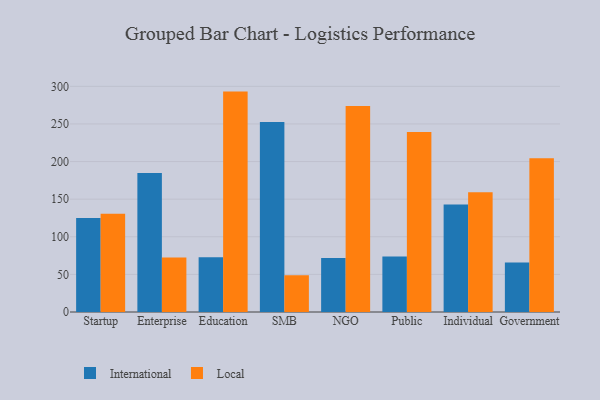
{"axis": {"x": "Segment", "y": "Headcount"}, "legend": ["International", "Local"], "data": [{"x": "Startup", "y": 125.1, "type": "International"}, {"x": "Startup", "y": 130.5, "type": "Local"}, {"x": "Enterprise", "y": 184.9, "type": "International"}, {"x": "Enterprise", "y": 72.6, "type": "Local"}, {"x": "Education", "y": 72.9, "type": "International"}, {"x": "Education", "y": 293.0, "type": "Local"}, {"x": "SMB", "y": 252.7, "type": "International"}, {"x": "SMB", "y": 48.7, "type": "Local"}, {"x": "NGO", "y": 71.7, "type": "International"}, {"x": "NGO", "y": 273.8, "type": "Local"}, {"x": "Public", "y": 73.8, "type": "International"}, {"x": "Public", "y": 239.3, "type": "Local"}, {"x": "Individual", "y": 142.9, "type": "International"}, {"x": "Individual", "y": 159.2, "type": "Local"}, {"x": "Government", "y": 65.8, "type": "International"}, {"x": "Government", "y": 204.4, "type": "Local"}]}